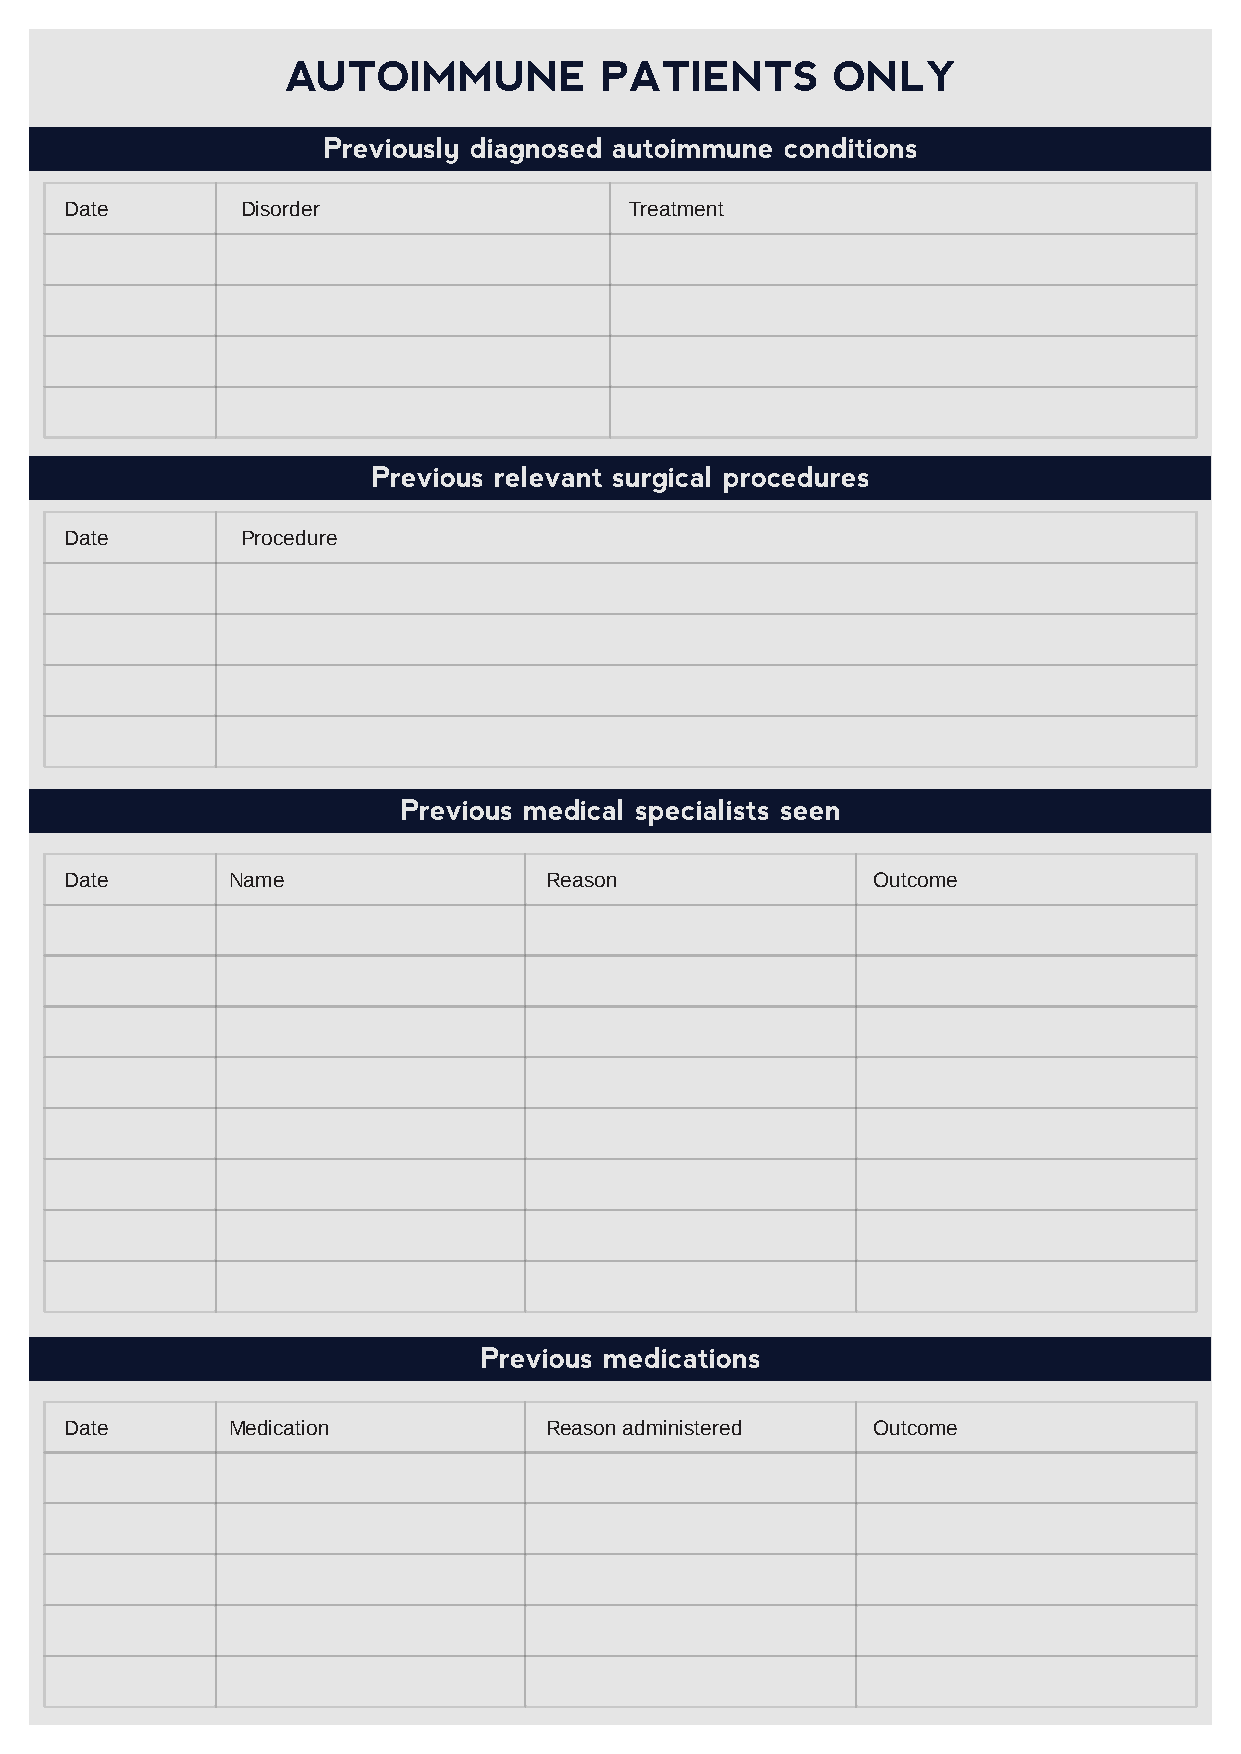
AUTOIMMUNE           PATIENTS       ONLY
 Previously diagnosed autoimmune conditions
 Date        Disorder                  Treatment
 Previous relevant surgical procedures
 Date        Procedure
 Previous medical specialists seen
 Date       Name                 Reason                Outcome
 Previous medications
 Date       Medication           Reason administered   Outcome